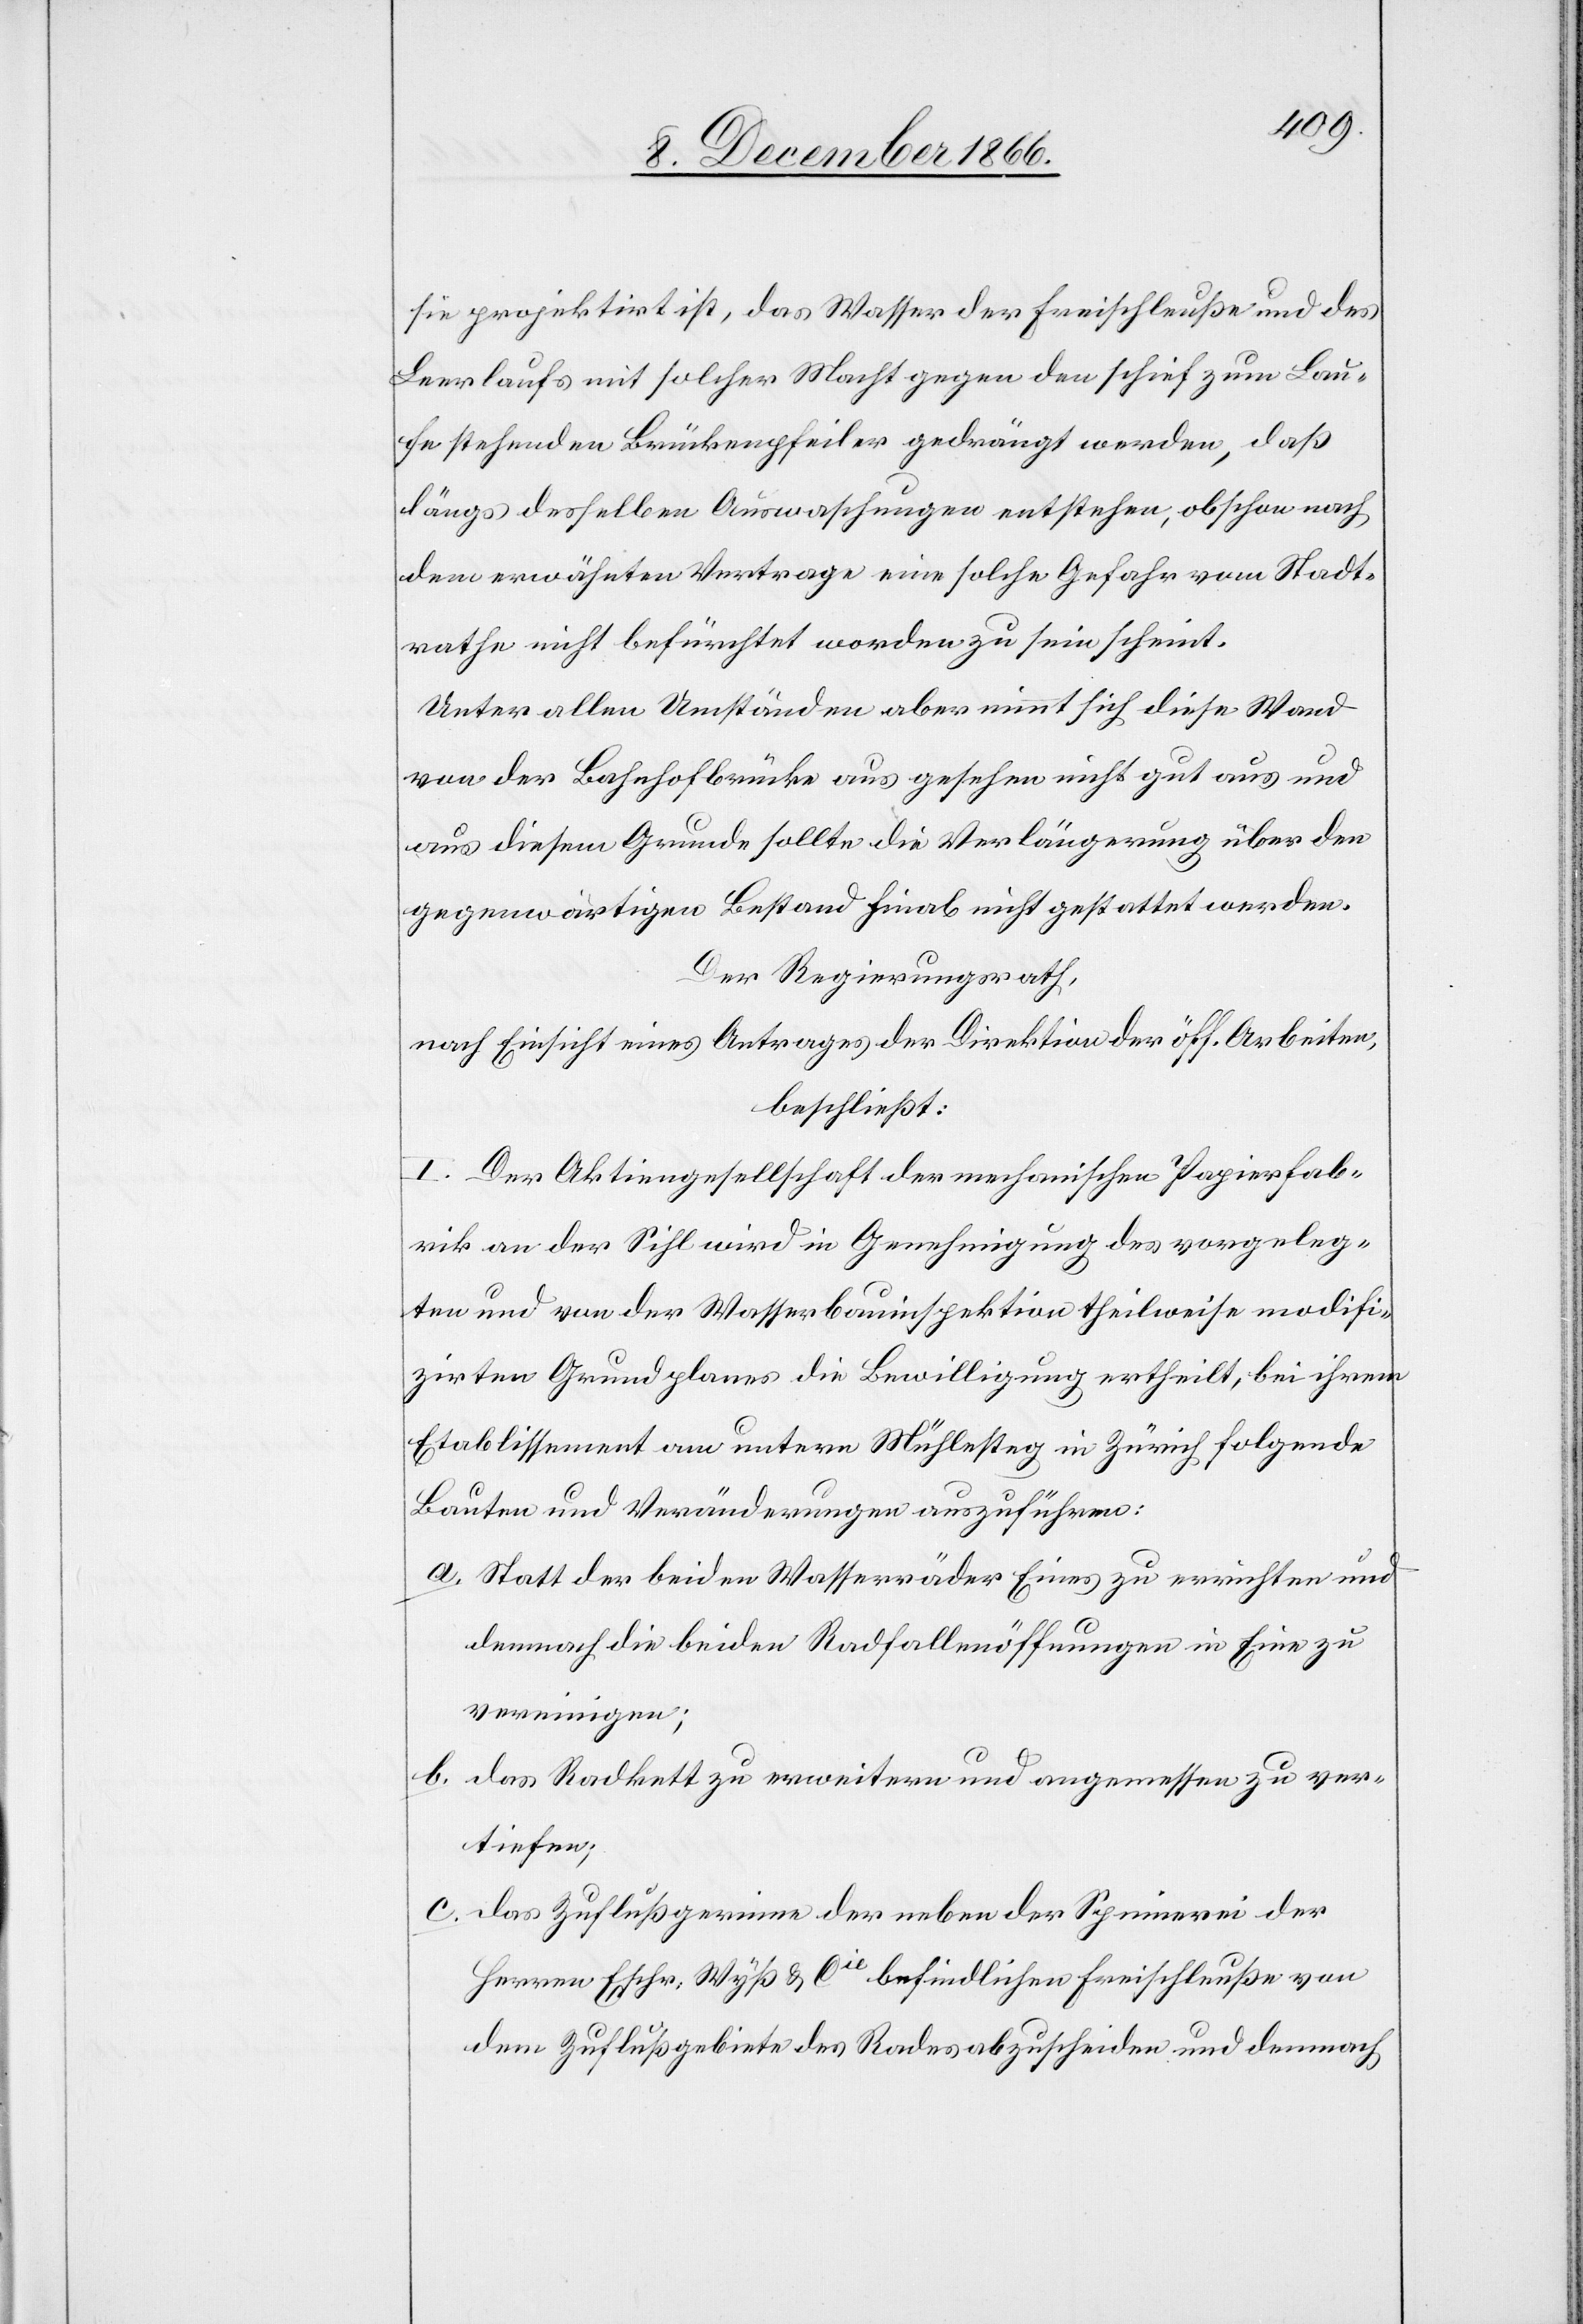
sie projektirt ist, das Wasser der Freischleuße und des
Leerlaufs mit solcher Macht gegen den schief zum Lau¬
fe stehenden Brückenpfeiler gedrängt werden, daß
längs desselben Auswaschungen entstehen, obschon nach
dem erwähnten Vertrage eine solche Gefahr vom Stadt¬
rathe nicht befürchtet worden zu sein scheint.
Unter allen Umständen aber nimmt sich diese Wand
von der Bahnhofbrücke aus gesehen nicht gut aus und
aus diesem Grunde sollte die Verlängerung über den
gegenwärtigen Bestand hinab nicht gestattet werden.
Der Regierungsrath,
nach Einsicht eines Antrages der Direktion der öff. Arbeiten,
beschließt:
I. Der Aktiengesellschaft der mechanischen Papierfab¬
rik an der Sihl wird in Genehmigung des vorgeleg¬
ten und von der Wasserbauinspektion theilweise modifi¬
zirten Grundplanes die Bewilligung ertheilt, bei ihrem
Etablissement am untern Mühlesteg in Zürich folgende
Bauten und Veränderungen auszuführen:
a. Statt der beiden Wasserräder Eines zu errichten und
demnach die beiden Radfallenöffnungen in Eine zu
vereinigen;
b. das Radkett zu erweitern und angemessen zu ver¬
tiefen;
c. das Zuflußgerinne der neben der Spinnerei der
Herren Escher, Wyß & Cie. befindlichen Freischleuße von
dem Zuflußgebiete des Rades abzuscheiden und demnach